Indian journal of veterinary science and animal husbandry - Volumes 28-29, 1958-1959
Year: 1958
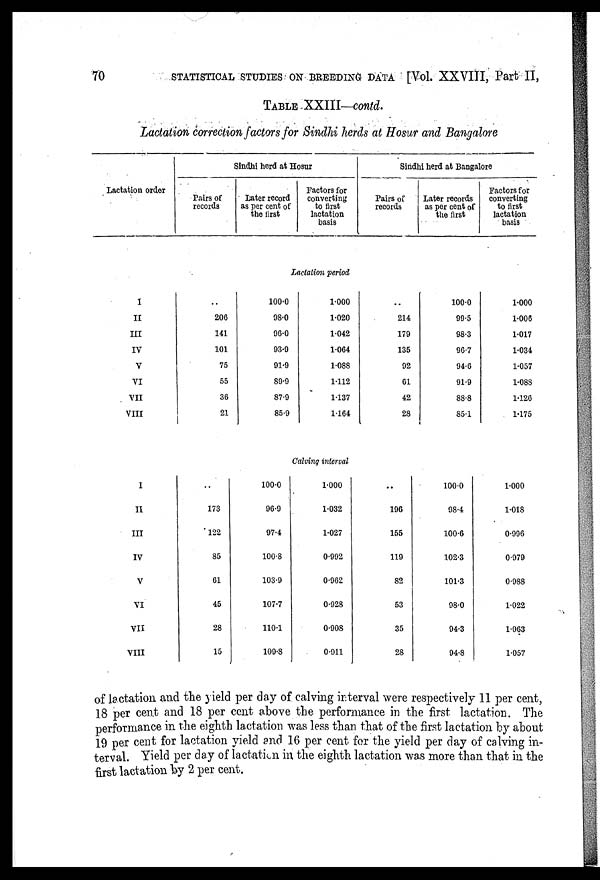
70
STATISTICAL STUDIES ON BREEDING DATA [Vol. XXVIII, Part II,
TABLE XXIII—contd.
Lactation correction factors for Sindhi herds at Hosur and Bangalore
Lactation order
Sindhi herd at Hosur
Pairs of
records
Later record
as per cent of
the first
Factors for
converting
to first
lactation
basis
Sindhi herd at Bangalore
Pairs of
records
Later records
as per cent of
the first
Factors for
converting
to first
lactation
basis
Lactation period
I
II
III
IV
V
VI
VII
VIII
..
206
141
101
75
55
36
21
100.0
98.0
96.0
93.9
91.9
89.9
87.9
85.9
1.000
1.020
1.042
1.064
1.088
1.112
1.137
1.164
..
214
179
135
92
61
42
28
100.0
99.5
98.3
96.7
94.6
91.9
88.8
85.1
1.000
1.006
1.017
1.034
1.057
1.088
1.126
1.175
Calving interval
I
II
III
IV
V
VI
VII
VIII
..
173
122
85
61
45
28
15
100.0
96.9
97.4
100.8
103.9
107.7
110.1
109.8
1.000
1.032
1.027
0.992
0.962
0.928
0.908
0.911
..
196
155
119
82
53
35
28
100.0
98.4
100.6
102.3
101.3
98.0
94.3
94.8
1.000
1.018
0.996
0.979
0.988
1.022
1.063
1.057
of lactation and the yield per day of calving interval were respectively 11 per cent,
18 per cent and 18 per cent above the performance in the first lactation. The
performance in the eighth lactation was less than that of the first lactation by about
19 per cent for lactation yield and 16 per cent for the yield per day of calving in-
terval. Yield per day of lactation in the eighth lactation was more than that in the
first lactation by 2 per cent.